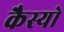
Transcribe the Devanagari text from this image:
कैस्‍यो